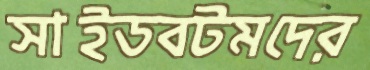
সাইডবটমদের